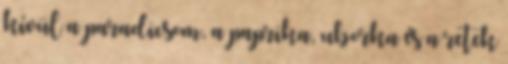
kívül a paradicsom, a paprika, uborka és a retek